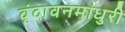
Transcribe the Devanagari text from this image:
वृंदावनमाधुरी